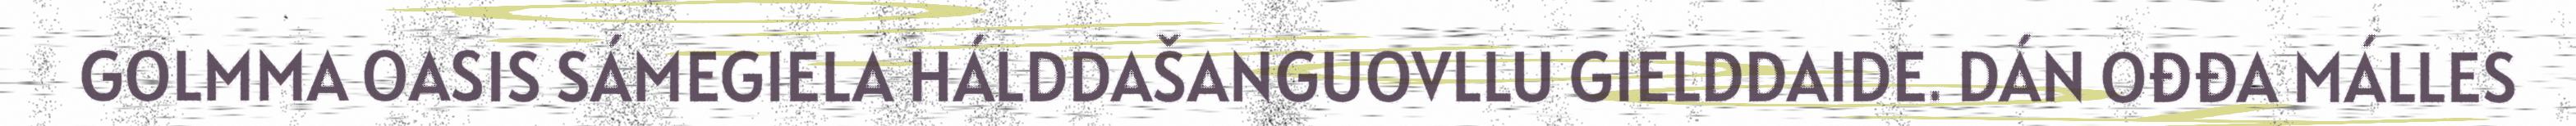
GOLMMA OASIS SÁMEGIELA HÁLDDAŠANGUOVLLU GIELDDAIDE. DÁN OĐĐA MÁLLES